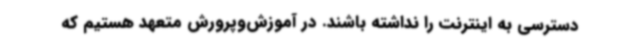
دسترسی به اینترنت را نداشته باشند. در آموزش‌وپرورش متعهد هستیم که